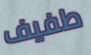
طفيف